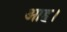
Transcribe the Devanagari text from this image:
आह।